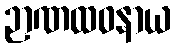
ဉာဏထဝနာယ